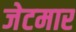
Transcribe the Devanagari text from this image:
जेटमार